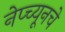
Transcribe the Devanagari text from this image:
नेप्च्यूनचे